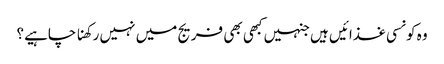
وہ کونسی غذائیں ہیں جنہیں کبھی بھی فریج میں نہیں رکھنا چاہیے؟